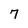
Character: 7